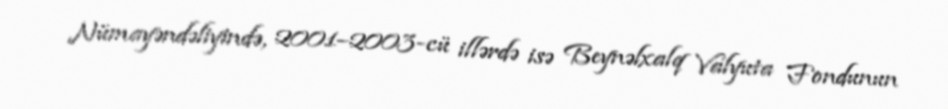
Nümayəndəliyində, 2001–2003-cü illərdə isə Beynəlxalq Valyuta Fondunun